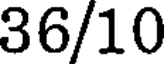
36/10